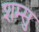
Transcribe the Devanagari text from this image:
शम्सु